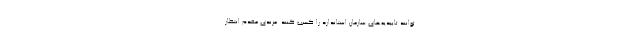
توانند تاییدیه‌های سازمان استاندارد را کسب کنند. مرندی مقدم انتظار